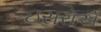
ઇસરોએ